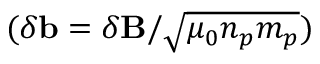
( \delta \mathbf { b } = \delta \mathbf { B } / \sqrt { \mu _ { 0 } n _ { p } m _ { p } } )